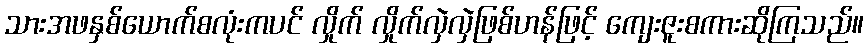
သားအဖနှစ်ယောက်စလုံးကပင် လှိုက် လှိုက်လှဲလှဲဖြစ်ဟန်ဖြင့် ကျေးဇူးစကားဆိုကြသည်။